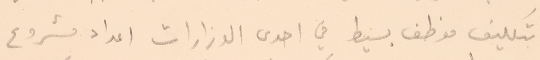
بتكليف موظف بسيط في احدى الوزارات اعداد مشروع